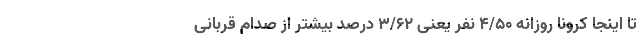
تا اینجا کرونا روزانه 4/50 نفر یعنی 3/62 درصد بیشتر از صدام قربانی